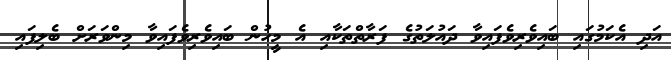
އަދި އެކަމުގައި ބައިވެރިވެފައިވާ ދައުލަތުގެ ފަރާތްތަކާއި އެ މީހުން ބައިވެރިވެފައިވާ މިންވަރަށް ބެލިފައި